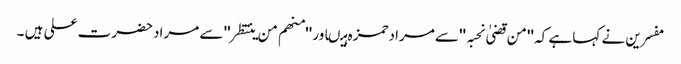
مفسرین نے کہا ہے کہ ''من قضیٰ نحبہ ''سے مرادحمزہ ہیںاور ''منھم من ینتظر'' سے مرادحضرت علی ہیں ۔